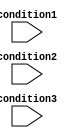
module parallel_case_statement (
    input wire condition1,
    input wire condition2,
    input wire condition3
);

reg [1:0] state;

always @*
begin
    case ({condition3, condition2, condition1})
        3'b000: state = 2'b00;
        3'b001: state = 2'b01;
        3'b010: state = 2'b10;
        3'b011: state = 2'b11;
        default: state = 2'b00;
    endcase
end

endmodule